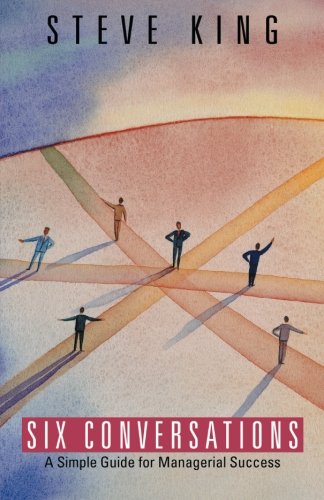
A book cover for Six Conversations: A Simple Guide for Managerial Success; Steve King; Business & Money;